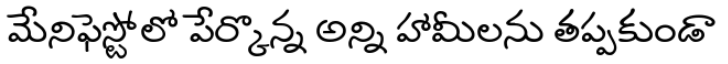
మేనిఫెస్టోలో పేర్కొన్న అన్ని హామీలను తప్పకుండా